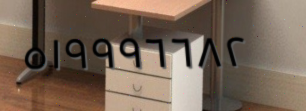
٥١٩٩٩٦٦٨٢